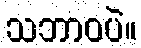
သဘာဝပဲ။